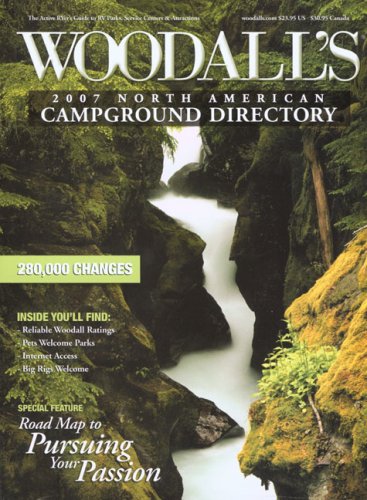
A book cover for Woodall's North American Campground Directory, 2007 (Good Sam RV Travel Guide & Campground Directory); Woodall's Publications Corp.; Travel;